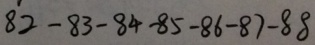
8 2 - 8 3 - 8 4 - 8 5 - 8 6 - 8 7 - 8 8